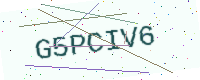
Text: G5PCIV6